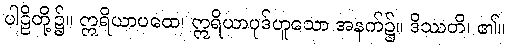
ပါဠိတို့၌။ ဣရိယာပထေ၊ ဣရိယာပုဒ်ဟူသော အနက်၌။ ဒိဿတိ၊ ၏။